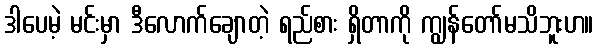
ဒါပေမဲ့ မင်းမှာ ဒီလောက်ချောတဲ့ ရည်စား ရှိတာကို ကျွန်တော်မသိဘူးဟ။